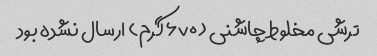
ترشی مخلوط چاشنی (۶۷۰ گرم) ارسال نشده بود